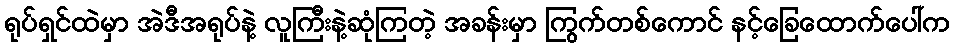
ရုပ်ရှင်ထဲမှာ အဲဒီအရုပ်နဲ့ လူကြီးနဲ့ဆုံကြတဲ့ အခန်းမှာ ကြွက်တစ်ကောင် နင့်ခြေထောက်ပေါ်က